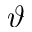
\vartheta